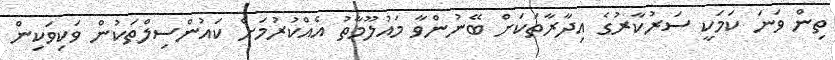
ތިން ވަނަ ކަމަކީ ސަރުކާރުގެ އިދާރާތަކަށް ބޭނުންވާ މައުލޫމާތު އެއްކުރުމަށް ކައުންސިލްތަކުން ވަކިވަކިން